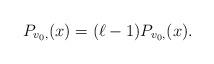
LaTeX: \begin{align*} P_{v_0,} (x) = (\ell - 1) P_{v_0, }(x).\end{align*}